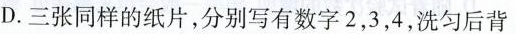
D. 三张同样的纸片，分别写有数字2，3，4，洗匀后背